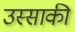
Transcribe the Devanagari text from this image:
उस्साकी